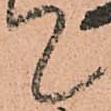
て